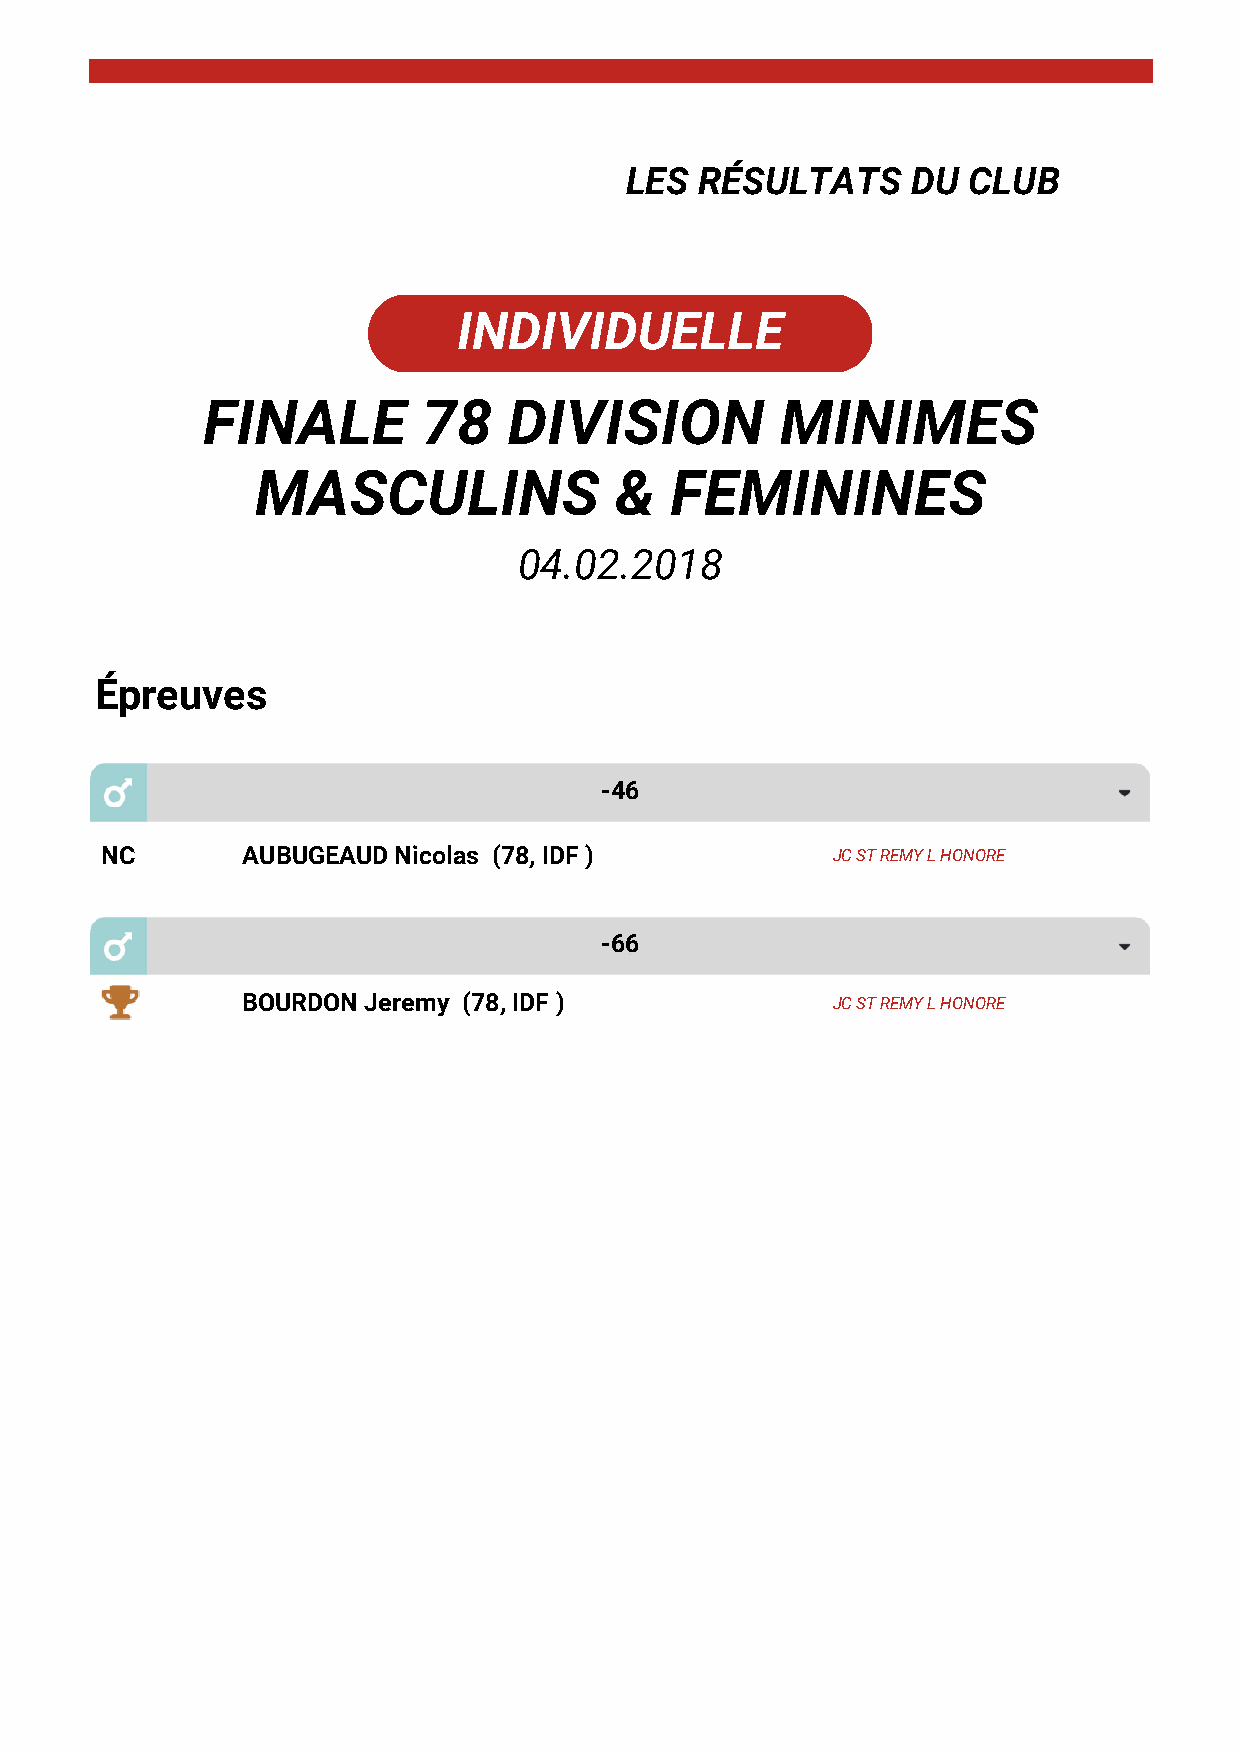
LES  RÉSULTATS     DU  CLUB
 INDIVIDUELLE
 FINALE         78    DIVISION          MINIMES
 MASCULINS               &  FEMININES
 04.02.2018
 Épreuves
 -46
 NC       AUBUGEAUD Nicolas (78, IDF )           JC ST REMY L HONORE
 -66
 BOURDON Jeremy (78, IDF )              JC ST REMY L HONORE